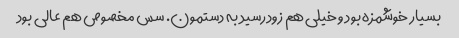
بسیار خوشمزه بود و خیلی هم زود رسید به دستمون. سس مخصوص هم عالی بود